Report on the cultivation of protesoma, Labbé, in grey mosquitoes
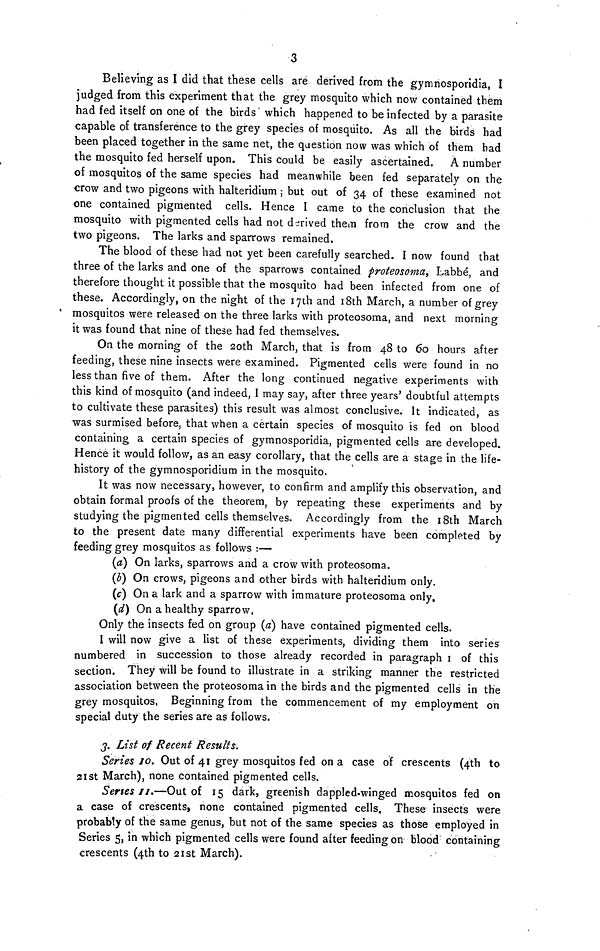
3
Believing as I did that these cells are derived from the gymnosporidia, I
judged from this experiment that the grey mosquito which now contained them
had fed itself on one of the birds which happened to be infected by a parasite
capable of transference to the grey species of mosquito. As all the birds had
been placed together in the same net, the question now was which of them had
the mosquito fed herself upon. This could be easily ascertained.
A number
of mosquitos of the same species had meanwhile been fed separately on the
crow and two pigeons with halteridium ; but out of 34 of these examined not
one contained pigmented cells. Hence I came to the conclusion that the
mosquito with pigmented cells had not derived them from the crow and the
two pigeons. The larks and sparrows remained.
The blood of these had not yet been carefully searched. I now found that
three of the larks and one of the sparrows contained proteosoma, Labbé, and
therefore thought it possible that the mosquito had been infected from one of
these. Accordingly, on the night of the 17th and 18th March, a number of grey
mosquitos were released on the three larks with proteosoma, and next morning
it was found that nine of these had fed themselves.
On the morning of the 2oth March, that is from 48 to 60 hours after
feeding, these nine insects were examined. Pigmented cells were found in no
less than five of them. After the long continued negative experiments with
this kind of mosquito (and indeed, I may say, after three years' doubtful attempts
to cultivate these parasites) this result was almost conclusive. It indicated, as
was surmised before, that when a certain species of mosquito is fed on blood
containing a certain species of gymnosporidia, pigmented cells are developed.
Hence it would follow, as an easy corollary, that the cells are a stage in the life-
history of the gymnosporidium in the mosquito,
It was now necessary, however, to confirm and amplify this observation, and
obtain formal proofs of the theorem, by repeating these experiments and by
studying the pigmented cells themselves. Accordingly from the 18th March
to the present date many differential experiments have been completed by
feeding grey mosquitos as follows :—
(a) On larks, sparrows and a crow with proteosoma.
(b) On crows, pigeons and other birds with halteridium only.
(c) On a lark and a sparrow with immature proteosoma only.
(d) On a healthy sparrow,
Only the insects fed on group (a) have contained pigmented cells.
I will now give a list of these experiments, dividing them into series
numbered in succession to those already recorded in paragraph I of this
section. They will be found to illustrate in a striking manner the restricted
association between the proteosoma in the birds and the pigmented cells in the
grey mosquitos, Beginning from the commencement of my employment on
special duty the series are as follows.
3. List of Recent Results.
Series 10. Out of 41 grey mosquitos fed on a case of crescents (4th to
21st March), none contained pigmented cells.
Senes II.—Out of 15 dark, greenish dappled-winged mosquitos fed on
a case of crescents, none contained pigmented cells. These insects were
probably of the same genus, but not of the same species as those employed in
Series 5, in which pigmented cells were found after feeding on blood containing
crescents (4th to 21st March).